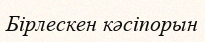
Бірлескен кәсіпорын